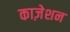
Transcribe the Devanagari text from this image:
काज़ेशन